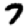
Digit: 7